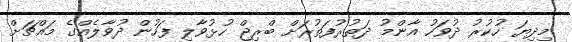
މިދިޔަ ހުކުރު ދުވަހު އާންމު ދަތުރުފަތުރަށް ބްރިޖް ހުޅުވާލި ފަހުން ދުވާލެއްގެ މައްޗަށް